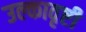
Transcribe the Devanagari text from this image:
उल्कावृष्टी